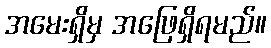
အမေးရှိမှ အဖြေရှိရမည်။